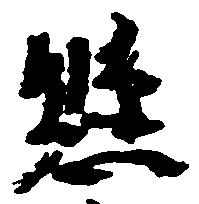
懸